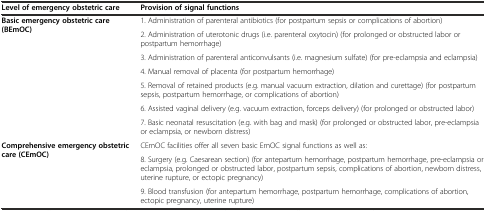
<table><thead><tr><td><b>Level of emergency obstetric care</b></td><td><b>Provision of signal functions</b></td></tr></thead><tbody><tr><td rowspan="7"><b>Basic emergency obstetric care (BEmOC)</b></td><td>1. Administration of parenteral antibiotics (for postpartum sepsis or complications of abortion)</td></tr><tr><td>2. Administration of uterotonic drugs (i.e. parenteral oxytocin) (for prolonged or obstructed labor or postpartum hemorrhage)</td></tr><tr><td>3. Administration of parenteral anticonvulsants (i.e. magnesium sulfate) (for pre-eclampsia and eclampsia)</td></tr><tr><td>4. Manual removal of placenta (for postpartum hemorrhage)</td></tr><tr><td>5. Removal of retained products (e.g. manual vacuum extraction, dilation and curettage) (for postpartum sepsis, postpartum hemorrhage, or complications of abortion)</td></tr><tr><td>6. Assisted vaginal delivery (e.g. vacuum extraction, forceps delivery) (for prolonged or obstructed labor)</td></tr><tr><td>7. Basic neonatal resuscitation (e.g. with bag and mask) (for prolonged or obstructed labor, pre-eclampsia or eclampsia, or newborn distress)</td></tr><tr><td rowspan="3"><b>Comprehensive emergency obstetric care (CEmOC)</b></td><td>CEmOC facilities offer all seven basic EmOC signal functions as well as:</td></tr><tr><td>8. Surgery (e.g. Caesarean section) (for antepartum hemorrhage, postpartum hemorrhage, pre-eclampsia or eclampsia, prolonged or obstructed labor, postpartum sepsis, complications of abortion, newborn distress, uterine rupture, or ectopic pregnancy)</td></tr><tr><td>9. Blood transfusion (for antepartum hemorrhage, postpartum hemorrhage, complications of abortion, ectopic pregnancy, uterine rupture)</td></tr></tbody></table>